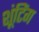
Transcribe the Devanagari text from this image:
शूंटिंग